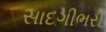
સાદગીભરી